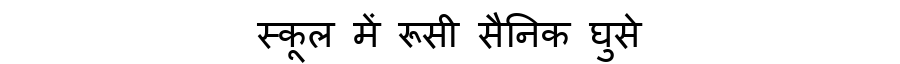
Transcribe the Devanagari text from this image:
स्कूल में रूसी सैनिक घुसे